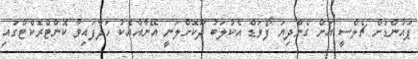
ޕައުންޑަށް ޗެލްސީ އަށް ގެންދިޔަ ފޯވަޑް އެކުލަބު ދޫކޮށްލަނީ އޭނާއާއެކު ހަދާފައިވާ ކޮންޓްރެކްޓްގައި